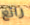
رائع